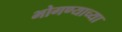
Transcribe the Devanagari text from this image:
भोगण्याच्या